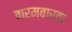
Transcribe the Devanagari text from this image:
बारम्‍बारता